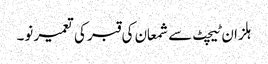
ہلزان ٹیچٹ سے شمعان کی قبر کی تعمیر نو۔